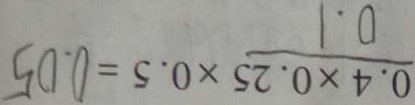
\frac { 0 . 4 \times 0 . 2 5 } { 0 . 1 } \times 0 . 5 = 0 . 0 5